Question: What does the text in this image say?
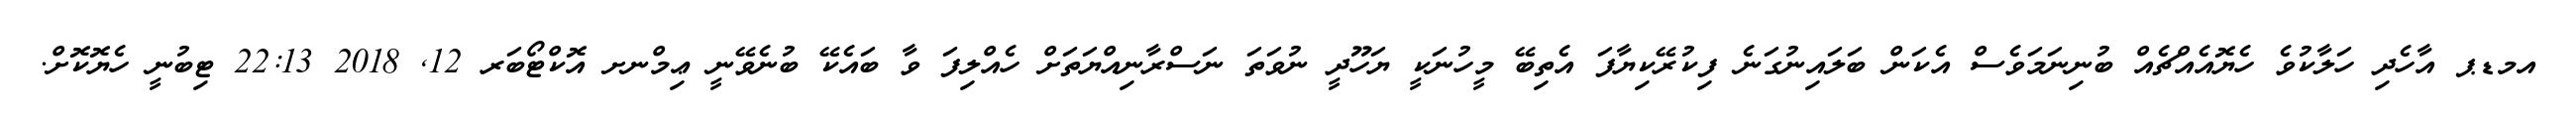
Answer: އމޑޕ އާހެދި ހަލާކުވެ ހެޔޮއެއްޗެއް ބުނިނަމަވެސް އެކަން ބަލައިނުގަނެ ފިކުރޭކިޔާފަ އެތިބޭ މީހުނަކީ ޔަހޫދީ ނުވަތަ ނަސްރާނިއްޔަތަށް ހެއްލިފަ ވާ ބައެކޭ ބުނެވޭނީ ޢިމްނށ އޮކްޓޯބަރ 12, 2018 22:13 ޓިބުނީ ހެޔޮކޮށް.